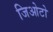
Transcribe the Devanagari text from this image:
जिओटो